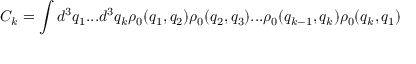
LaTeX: C _ { k } = \int d ^ { 3 } q _ { 1 } . . . d ^ { 3 } q _ { k } \rho _ { 0 } ( q _ { 1 } , q _ { 2 } ) \rho _ { 0 } ( q _ { 2 } , q _ { 3 } ) . . . \rho _ { 0 } ( q _ { k - 1 } , q _ { k } ) \rho _ { 0 } ( q _ { k } , q _ { 1 } )